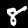
Label: 8